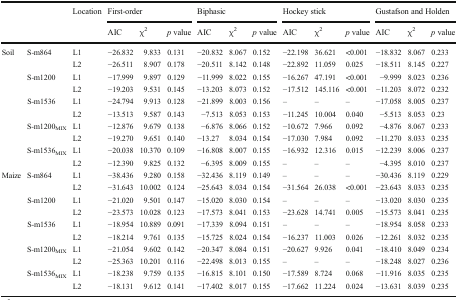
<table><thead><tr><td rowspan="2" colspan="2"></td><td rowspan="2"><b>Location</b></td><td colspan="3"><b>First-order</b></td><td colspan="3"><b>Biphasic</b></td><td colspan="3"><b>Hockey stick</b></td><td colspan="3"><b>Gustafson and Holden</b></td></tr><tr><td><b>AIC</b></td><td><b>χ<sup>2</sup></b></td><td><b><i>p</i> value</b></td><td><b>AIC</b></td><td><b>χ<sup>2</sup></b></td><td><b><i>p</i> value</b></td><td><b>AIC</b></td><td><b>χ<sup>2</sup></b></td><td><b><i>p</i> value</b></td><td><b>AIC</b></td><td><b>χ<sup>2</sup></b></td><td><b><i>p</i> value</b></td></tr></thead><tbody><tr><td rowspan="10">Soil</td><td rowspan="2">S-m864</td><td>L1</td><td>−26.832</td><td>9.833</td><td>0.131</td><td>−20.832</td><td>8.067</td><td>0.152</td><td>−22.198</td><td>36.621</td><td>&lt;0.001</td><td>−18.832</td><td>8.067</td><td>0.233</td></tr><tr><td>L2</td><td>−26.511</td><td>8.907</td><td>0.178</td><td>−20.511</td><td>8.142</td><td>0.148</td><td>−22.892</td><td>11.059</td><td>0.025</td><td>−18.511</td><td>8.145</td><td>0.227</td></tr><tr><td rowspan="2">S-m1200</td><td>L1</td><td>−17.999</td><td>9.897</td><td>0.129</td><td>−11.999</td><td>8.022</td><td>0.155</td><td>−16.267</td><td>47.191</td><td>&lt;0.001</td><td>−9.999</td><td>8.023</td><td>0.236</td></tr><tr><td>L2</td><td>−19.203</td><td>9.531</td><td>0.145</td><td>−13.203</td><td>8.073</td><td>0.152</td><td>−17.512</td><td>145.116</td><td>&lt;0.001</td><td>−11.203</td><td>8.072</td><td>0.232</td></tr><tr><td rowspan="2">S-m1536</td><td>L1</td><td>−24.794</td><td>9.913</td><td>0.128</td><td>−21.899</td><td>8.003</td><td>0.156</td><td>–</td><td>–</td><td>–</td><td>−17.058</td><td>8.005</td><td>0.237</td></tr><tr><td>L2</td><td>−13.513</td><td>9.587</td><td>0.143</td><td>−7.513</td><td>8.053</td><td>0.153</td><td>−11.245</td><td>10.004</td><td>0.040</td><td>−5.513</td><td>8.053</td><td>0.23</td></tr><tr><td rowspan="2">S-m1200<sub>MIX</sub></td><td>L1</td><td>−12.876</td><td>9.679</td><td>0.138</td><td>−6.876</td><td>8.066</td><td>0.152</td><td>−10.672</td><td>7.966</td><td>0.092</td><td>−4.876</td><td>8.067</td><td>0.233</td></tr><tr><td>L2</td><td>−19.270</td><td>9.651</td><td>0.140</td><td>−13.27</td><td>8.034</td><td>0.154</td><td>−17.030</td><td>7.984</td><td>0.092</td><td>−11.270</td><td>8.033</td><td>0.235</td></tr><tr><td rowspan="2">S-m1536<sub>MIX</sub></td><td>L1</td><td>−20.038</td><td>10.370</td><td>0.109</td><td>−16.808</td><td>8.007</td><td>0.155</td><td>−16.932</td><td>12.316</td><td>0.015</td><td>−12.239</td><td>8.006</td><td>0.237</td></tr><tr><td>L2</td><td>−12.390</td><td>9.825</td><td>0.132</td><td>−6.395</td><td>8.009</td><td>0.155</td><td>–</td><td>–</td><td>–</td><td>−4.395</td><td>8.010</td><td>0.237</td></tr><tr><td rowspan="10">Maize</td><td rowspan="2">S-m864</td><td>L1</td><td>−38.436</td><td>9.280</td><td>0.158</td><td>−32.436</td><td>8.119</td><td>0.149</td><td>–</td><td>–</td><td>–</td><td>−30.436</td><td>8.119</td><td>0.229</td></tr><tr><td>L2</td><td>−31.643</td><td>10.002</td><td>0.124</td><td>−25.643</td><td>8.034</td><td>0.154</td><td>−31.564</td><td>26.038</td><td>&lt;0.001</td><td>−23.643</td><td>8.033</td><td>0.235</td></tr><tr><td rowspan="2">S-m1200</td><td>L1</td><td>−21.020</td><td>9.501</td><td>0.147</td><td>−15.020</td><td>8.030</td><td>0.154</td><td>–</td><td>–</td><td>–</td><td>−13.020</td><td>8.030</td><td>0.235</td></tr><tr><td>L2</td><td>−23.573</td><td>10.028</td><td>0.123</td><td>−17.573</td><td>8.041</td><td>0.153</td><td>−23.628</td><td>14.741</td><td>0.005</td><td>−15.573</td><td>8.041</td><td>0.235</td></tr><tr><td rowspan="2">S-m1536</td><td>L1</td><td>−18.954</td><td>10.889</td><td>0.091</td><td>−17.339</td><td>8.094</td><td>0.151</td><td>–</td><td>–</td><td>–</td><td>−18.954</td><td>8.058</td><td>0.233</td></tr><tr><td>L2</td><td>−18.214</td><td>9.761</td><td>0.135</td><td>−15.725</td><td>8.024</td><td>0.154</td><td>−16.237</td><td>11.003</td><td>0.026</td><td>−12.261</td><td>8.032</td><td>0.235</td></tr><tr><td rowspan="2">S-m1200<sub>MIX</sub></td><td>L1</td><td>−21.054</td><td>9.602</td><td>0.142</td><td>−20.347</td><td>8.084</td><td>0.151</td><td>−20.627</td><td>9.926</td><td>0.041</td><td>−18.410</td><td>8.049</td><td>0.234</td></tr><tr><td>L2</td><td>−25.363</td><td>10.201</td><td>0.116</td><td>−22.498</td><td>8.013</td><td>0.155</td><td>–</td><td>–</td><td>–</td><td>−18.248</td><td>8.027</td><td>0.236</td></tr><tr><td rowspan="2">S-m1536<sub>MIX</sub></td><td>L1</td><td>−18.238</td><td>9.759</td><td>0.135</td><td>−16.815</td><td>8.101</td><td>0.150</td><td>−17.589</td><td>8.724</td><td>0.068</td><td>−11.916</td><td>8.035</td><td>0.235</td></tr><tr><td>L2</td><td>−18.131</td><td>9.612</td><td>0.141</td><td>−17.402</td><td>8.017</td><td>0.155</td><td>−17.662</td><td>11.224</td><td>0.024</td><td>−13.631</td><td>8.039</td><td>0.235</td></tr></tbody></table>